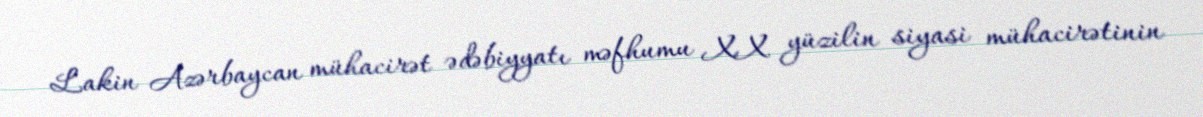
Lakin Azərbaycan mühacirət ədəbiyyatı məfhumu XX yüzilin siyasi mühacirətinin